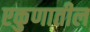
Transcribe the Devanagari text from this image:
एकुणातील